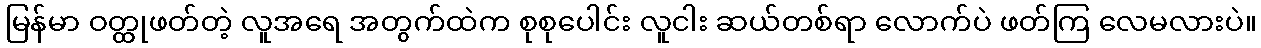
မြန်မာ ဝတ္ထုဖတ်တဲ့ လူအရေ အတွက်ထဲက စုစုပေါင်း လူငါး ဆယ်တစ်ရာ လောက်ပဲ ဖတ်ကြ လေမလားပဲ။